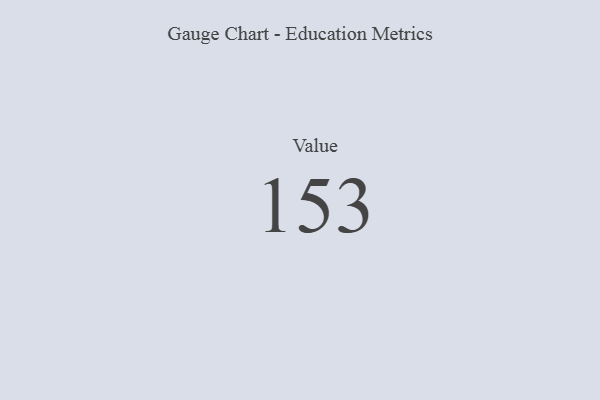
{"axis": {"x": "Metric", "y": "Value"}, "legend": [""], "data": [{"x": "Value", "y": 153, "type": ""}]}